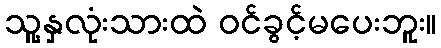
သူ့နှလုံးသားထဲ ဝင်ခွင့်မပေးဘူး။